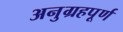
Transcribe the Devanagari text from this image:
अनुग्रहपूर्ण